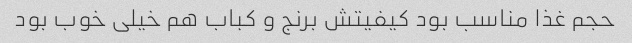
حجم غذا مناسب بود کیفیتش برنج و کباب هم خیلی خوب بود